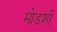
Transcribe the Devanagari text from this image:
मोडशी